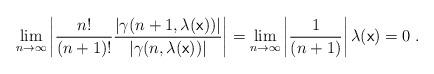
LaTeX: \begin{align*}\lim_{n\rightarrow\infty} \left|\frac{n!}{(n+1)!}\frac{\left|\gamma(n+1,\lambda( \mathrm{\mathsf{x}}))\right|}{\left|\gamma(n,\lambda( \mathrm{\mathsf{x}}))\right|}\right|=\lim_{n\rightarrow\infty} \left|\frac{1}{(n+1)}\right|\lambda( \mathrm{\mathsf{x}})=0\;.\end{align*}